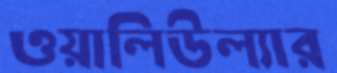
ওয়ালিউল্যার